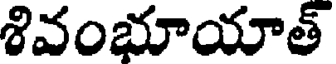
శివంభూయాత్